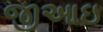
જીઆઇ